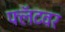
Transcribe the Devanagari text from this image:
फ्लॅटवर